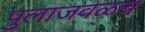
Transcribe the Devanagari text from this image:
पुलाजवळच